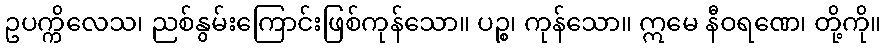
ဥပက္ကိလေသ၊ ညစ်နွမ်းကြောင်းဖြစ်ကုန်သော။ ပဉ္စ၊ ကုန်သော။ ဣမေ နီဝရဏေ၊ တို့ကို။